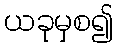
ယခုမှစ၍